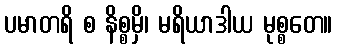
ပမာတရိ စ နိစ္စမှိ၊ မရိယာဒါယ မုစ္စတေ။